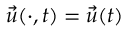
\vec { u } ( \cdot , t ) = \vec { u } ( t )